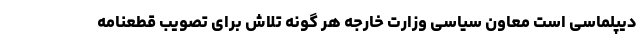
دیپلماسی است معاون سیاسی وزارت خارجه هر گونه تلاش برای تصویب قطعنامه